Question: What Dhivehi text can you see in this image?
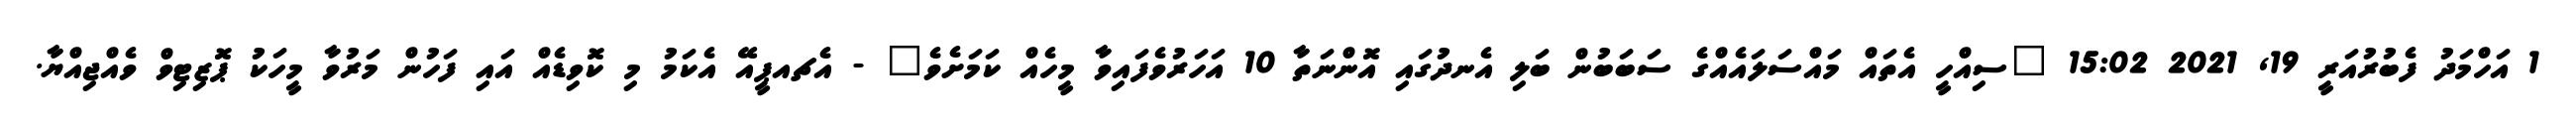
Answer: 1 އަހްމަދު ފެބުރުއަރީ 19, 2021 15:02 "ސިއްހީ އެތައް މައްސަލައެއްގެ ސަބަބުން ބަލި އެނދުގައި އޮންނަތާ 10 އަހަރުވެފައިވާ މީހެއް ކަމަށެވެ" - އެޗއޕީއޭ އެކަމު މި ކޮވިޑެއް އައި ފަހުން މަރުވާ މީހަކު ޕޮޒިޓިވް ވެއްޖިއްޔާ.